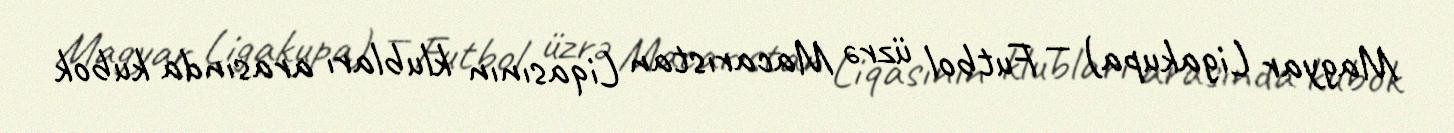
Magyar Ligakupa) — Futbol üzrə Macarıstan Liqasının klubları arasında kubok